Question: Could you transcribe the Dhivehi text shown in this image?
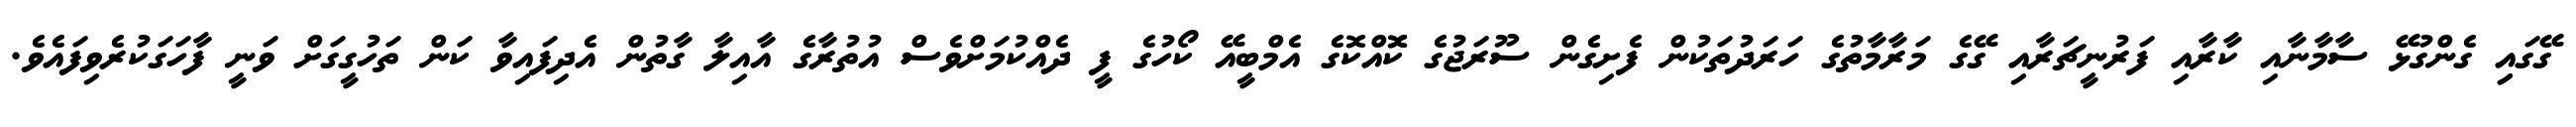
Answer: ގޭގައިި ގެންގުޅޭ ސާމާނާއި ކާރާއި ފަރުނީޗަރާއި ގޭގެ މަރާމާތުގެ ހަރަދުތަކުން ފެށިގެން ސޫރަޖުގެ ކޮޮއްކޮގެ އެމްބީއޭ ކޯހުގެ ފީ ދެއްކުމަށްވެސް އުތުރާގެ އާއިލާ ގާތުން އެދިފައިވާ ކަން ތަހުގީގަށް ވަނީ ފާހަގަކުރެވިފައެވެ.